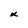
Character: x